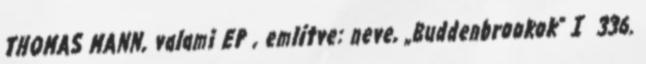
THOMAS MANN, valami EP , említve: neve, „Buddenbrookok” I 336.